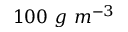
1 0 0 \ g \ m ^ { - 3 }